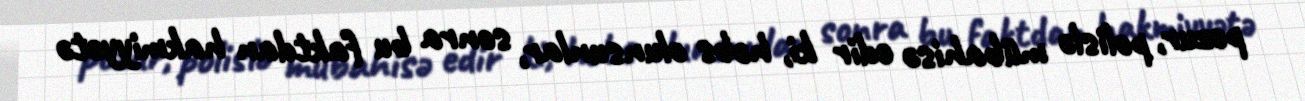
pozur, polislə mübahisə edir ki, həbs olunsunlar, sonra bu faktdan hakmiyyətə